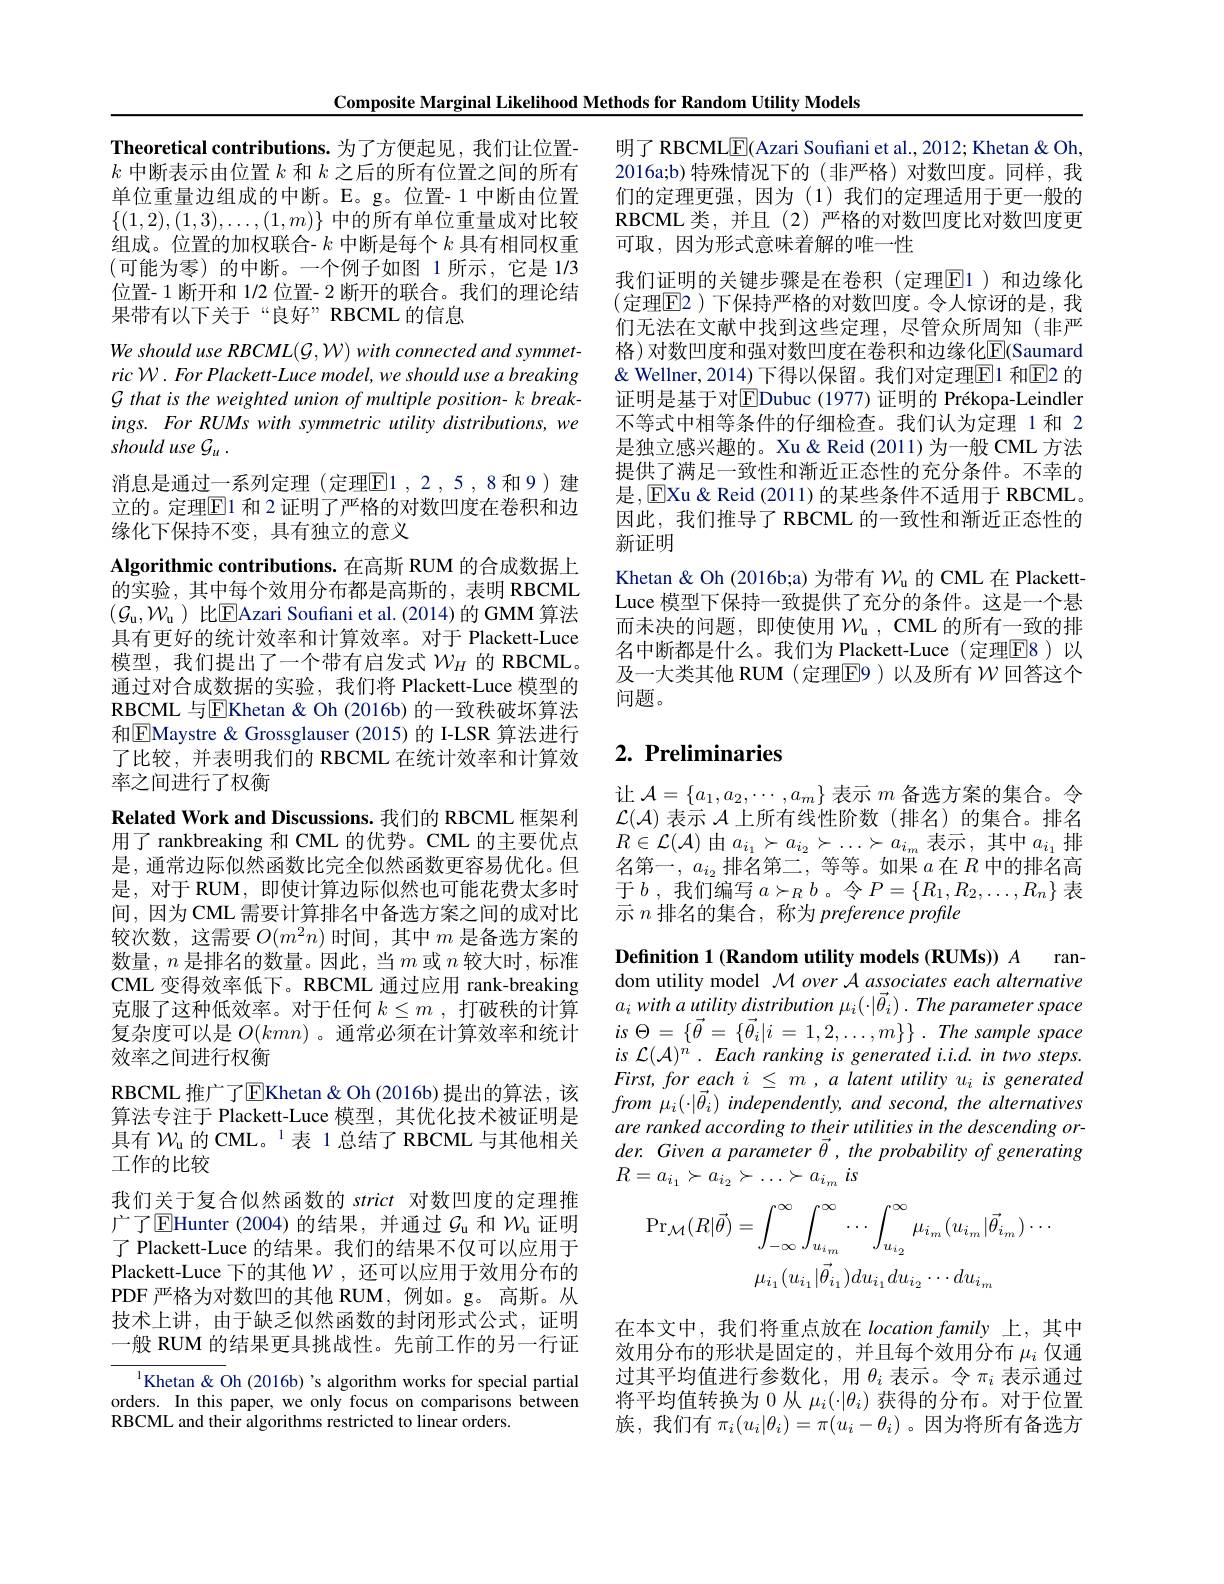
Theoretical contributions. 为了方便起见，我们让位置- $k$中断表示由位置$k$和$k$之后的所有位置之间的所有单位重量边组成的中断。E。g。位置-1 中断由位置$\{(1,2),(1,3),\ldots,(1,m)\}$中的所有单位重量成对比较组成。位置的加权联合- $k$中断是每个$k$具有相同权重(可能为零)的中断。一个例子如图 1 所示，它是 1/3位置- 1 断开和 1/2 位置- 2 断开的联合。我们的理论结果带有以下关于“良好”RBCML 的信息

Composite Marginal Likelihood Methods for Random Utility Models
We should use RBCML(G, W) with connected and symmetric W. For Plackett- Luce model, we should use a breaking $\mathcal{G}$ that is the weighted union of multiple position- k breakings. For RUMs with symmetric utility distributions, we should use G
消息是通过一系列定理(定理$\boxed{\mathrm{F}}1,2,5,8$和9)建立的。定理$\boxed{\mathrm{F}}1$ 和 2 证明了严格的对数凹度在卷积和边缘化下保持不变，具有独立的意义
Algorithmic contributions. 在高斯 RUM 的合成数据上的实验，其中每个效用分布都是高斯的，表明 RBCML $(\mathcal{G}_\mathrm{u},\mathcal{W}_\mathrm{u})$比EAzari Soufani et al.(2014)的 GMM 算法具有更好的统计效率和计算效率。对于 Plackett-Luce 模型，我们提出了一个带有启发式$\mathcal{W}_H$的 RBCML。通过对合成数据的实验，我们将 Plackett-Luce 模型的RBCML 与$\boxed{\mathrm{F}}$Khetan & Oh (2016b) 的一致秩破坏算法和$\boxed{\mathrm{E}}$Maystre & Grossglauser (2015)的 I-LSR 算法进行了比较，并表明我们的 RBCML 在统计效率和计算效率之间进行了权衡
Related Work and Discussions. 我们的 RBCML 框架利用了 rankbreaking 和 CML 的优势。CML 的主要优点是，通常边际似然函数比完全似然函数更容易优化。但是，对于 RUM, 即使计算边际似然也可能花费太多时间，因为CML 需要计算排名中备选方案之间的成对比较次数，这需要$O(m^2n)$时间，其中$m$是备选方案的数量，$n$是排名的数量。因此，当$m$或$n$较大时，标准CML 变得效率低下。RBCML 通过应用 rank-breaking 克服了这种低效率。对于任何$k\leq m$ ,打破秩的计算复杂度可以是$O(kmn)$ 。通常必须在计算效率和统计效率之间进行权衡
RBCML 推广了$\overline{\mathrm{E}}$Khetan& Oh(2016b)提出的算法，该算法专注于 Plackett-Luce 模型，其优化技术被证明是具有 $\mathcal{W}_\mathrm{u}$ 的 CML。$^{1}$表 1总结了 RBCML 与其他相关工作的比较
我们关于复合似然函数的 strict 对数凹度的定理推广了$\overline{\mathbb{E}}$Hunter (2004)的结果，并通过$\mathcal{G}_\mathrm{u}$ 和 $\mathcal{W}_\mathrm{u}$ 证明了 Plackett-Luce 的结果。我们的结果不仅可以应用于Plackett-Luce 下的其他$\mathcal{W}$ ,还可以应用于效用分布的PDF 严格为对数凹的其他 RUM,例如。g。高斯。从技术上讲，由于缺乏似然函数的封闭形式公式，证明一般 RUM 的结果更具挑战性。先前工作的另一行证
$^{1}$Khetan& Oh (2016b)'s algorithm works for special partial orders. In this paper, we only focus on comparisons between RBCML and their algorithms restricted to linear orders.

明了 RBCML$\underline{\mathrm{E}}$(Azari Soufiani et al., 2012; Khetan & Oh, 2016a;b)特殊情况下的(非严格)对数凹度。同样，我们的定理更强，因为(1)我们的定理适用于更一般的RBCML 类，并且(2)严格的对数凹度比对数凹度更可取，因为形式意味着解的唯一性
我们证明的关键步骤是在卷积(定理$\overline{\mathrm{E}}$1)和边缘化(定理$\overline{\mathrm{E}}$2)下保持严格的对数凹度。令人惊讶的是，我们无法在文献中找到这些定理，尽管众所周知(非严格)对数凹度和强对数凹度在卷积和边缘化E(Saumard & Wellner, 2014) 下得以保留。我们对定理$\boxed{\mathrm{F}}$1 和E2 的证明是基于对$\boxed{\mathrm{E}}$Dubuc (1977) 证明的 Prékopa-Leindler 不等式中相等条件的仔细检查。我们认为定理 1 和 2是独立感兴趣的。Xu&Reid(2011)为一般 CML 方法提供了满足一致性和渐近正态性的充分条件。不幸的是，EXu&Reid (2011)的某些条件不适用于 RBCML。因此，我们推导了 RBCML 的一致性和渐近正态性的新证明
Khetan & Oh (2016b;a) 为带有$\mathcal{W}_\mathrm{u}$的 CML 在 PlackettLuce 模型下保持一致提供了充分的条件。这是一个悬而未决的问题，即使使用$\mathcal{W}_\mathrm{u}$, CML 的所有一致的排名中断都是什么。我们为 Plackett-Luce (定理$\overline{\mathrm{E}}$8)以及一大类其他 RUM(定理$\overline{\mathrm{E}}$9)以及所有 $\mathcal{W}$ 回答这个问题。

## $2. \textbf{ Preliminaries}$

让$\mathcal{A}=\{a_1,a_2,\cdots,a_m\}$表示$m$备选方案的集合。令$\mathcal{L}(\mathcal{A})$表示$\mathcal{A}$上所有线性阶数(排名)的集合。排名$R\in\mathcal{L}(\mathcal{A})$ 由$a_i_1\succ a_{i_2}\succ\ldots\succ a_{i_m}$ 表示，其中$a_i_1$排名第一$,a_i_2$排名第二，等等。如果$a$在$R$中的排名高$\bar{\text{于 }b\text{ , 我们编写 }a\succ_Rb\text{ 。令 }P}=\{R_1,R_2,\ldots,R_n\}$表示$n$排名的集合，称为 preference profile

Definition 1 (Random utility models (RUMs)) A
ran-
dom utility model $\mathcal{M} \textit{over A associates each alternative}$ $a_{i}$ with $a$ utility distribution $\mu _{i}( \cdot | \vec{\theta } _{i})$ . The parameter space $is$ $\Theta$ = $\{ \vec{\theta }$ = $\{ \vec{\theta } _{i}| i$ = $1, 2, \ldots , m\} \}$ . The sample space $is {\mathcal{L} }( \mathcal{A} ) ^{n}$ $. Each ranking is generated i. i. d. in two steps.$ $First,foreachi\leq m,alatentutilityu_{i}isgenerated$ $from\mu_{i}(\cdot|\vec{\theta}_{i})$ independently, and second, the alternatives are ranked according to their utilities in the descending order. Given a parameter $\vec{\theta}$, the probability of generating $R= a_{i_1}\succ a_{i_2}\succ \ldots \succ a_{i_m}$ $is$
$$\mathrm{Pr}_{\mathcal{M}}(R|\vec{\theta})=\int_{-\infty}^{\infty}\int_{u_{i_{m}}}^{\infty}\cdots\int_{u_{i_{2}}}^{\infty}\mu_{i_{m}}(u_{i_{m}}|\vec{\theta}_{i_{m}})\cdots\\\mu_{i_{1}}(u_{i_{1}}|\vec{\theta}_{i_{1}})du_{i_{1}}du_{i_{2}}\cdots du_{i_{m}}$$
在本文中，我们将重点放在 location family 上，其中效用分布的形状是固定的，并且每个效用分布$\mu_i$仅通过其平均值进行参数化，用$\theta_i$表示。令$\pi_i$表示通过将平均值转换为 0 从$\mu_i(\cdot|\theta_i)$获得的分布。对于位置族，我们有$\pi_i(u_i|\theta_i)=\pi(u_i-\theta_i)$ 。因为将所有备选方